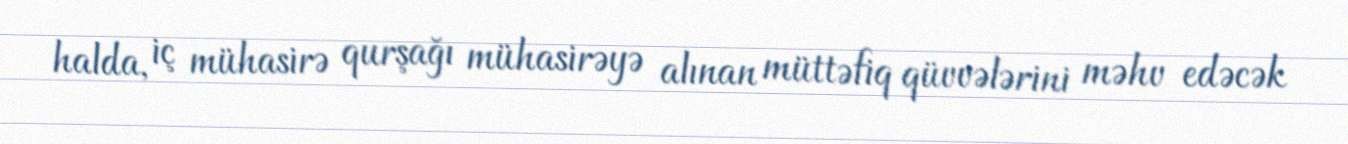
halda, iç mühasirə qurşağı mühasirəyə alınan müttəfiq qüvvələrini məhv edəcək